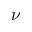
\nu